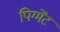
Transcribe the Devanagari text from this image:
पिग्मेंट